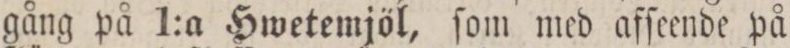
gång på 1:a Hwetemjöl, ſom med afſeende på